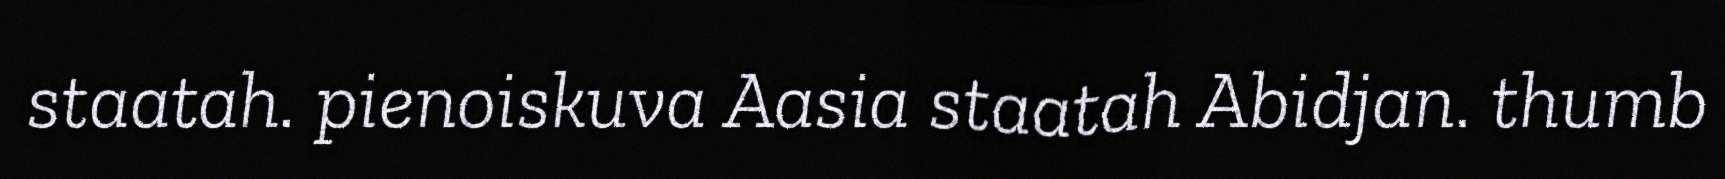
staatah. pienoiskuva Aasia staatah Abidjan. thumb